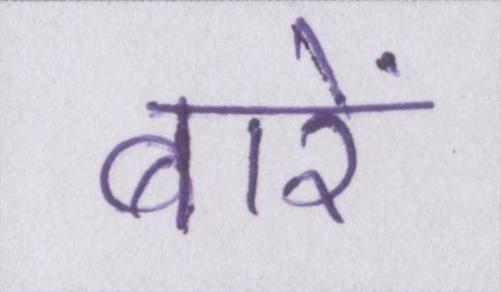
बारें